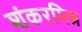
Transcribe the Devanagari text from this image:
शंकरमिश्र